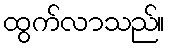
ထွက်လာသည်။